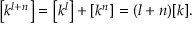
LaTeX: \left[ k ^ { l + n } \right] = \left[ k ^ { l } \right] + \left[ k ^ { n } \right] = ( l + n ) [ k ] .